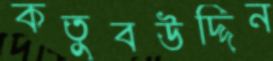
কতুবউদ্দিন